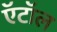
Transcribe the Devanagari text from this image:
ऍटॉल